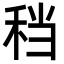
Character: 𫀮